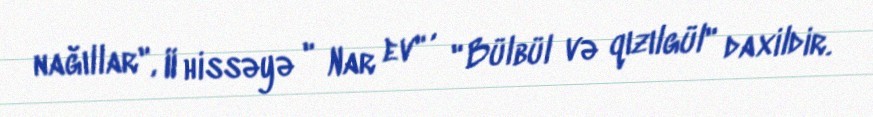
nağıllar", II hissəyə " Nar ev" , " Bülbül və qızılgül" daxildir.